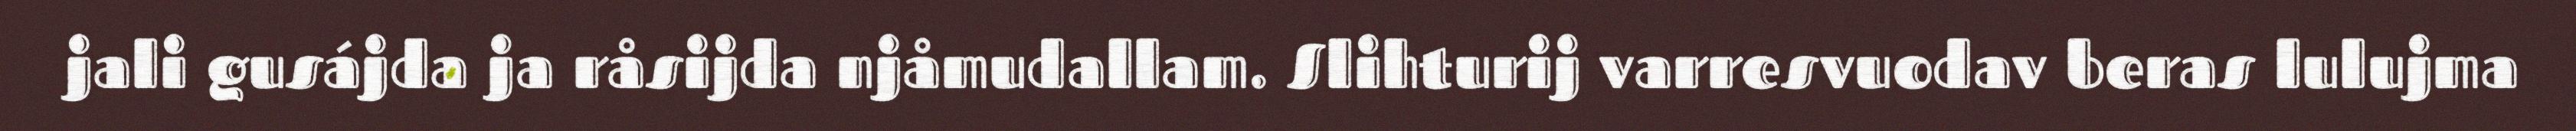
jali gusájda ja råsijda njåmudallam. Slihturij varresvuodav beras lulujma